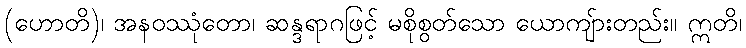
(ဟောတိ)၊ အနဝဿုံတော၊ ဆန္ဒရာဂဖြင့် မစိုစွတ်သော ယောကျ်ားတည်း။ ဣတိ၊